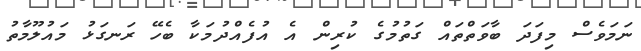
ނަމަވެސް މިފަދަ ބާވަތްތައް ގަތުމުގެ ކުރިން އެ އުފެއްދުމަކާ ބެހޭ ރަނގަޅު މައުލޫމާތު